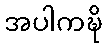
အပါကဍ္ဎိ